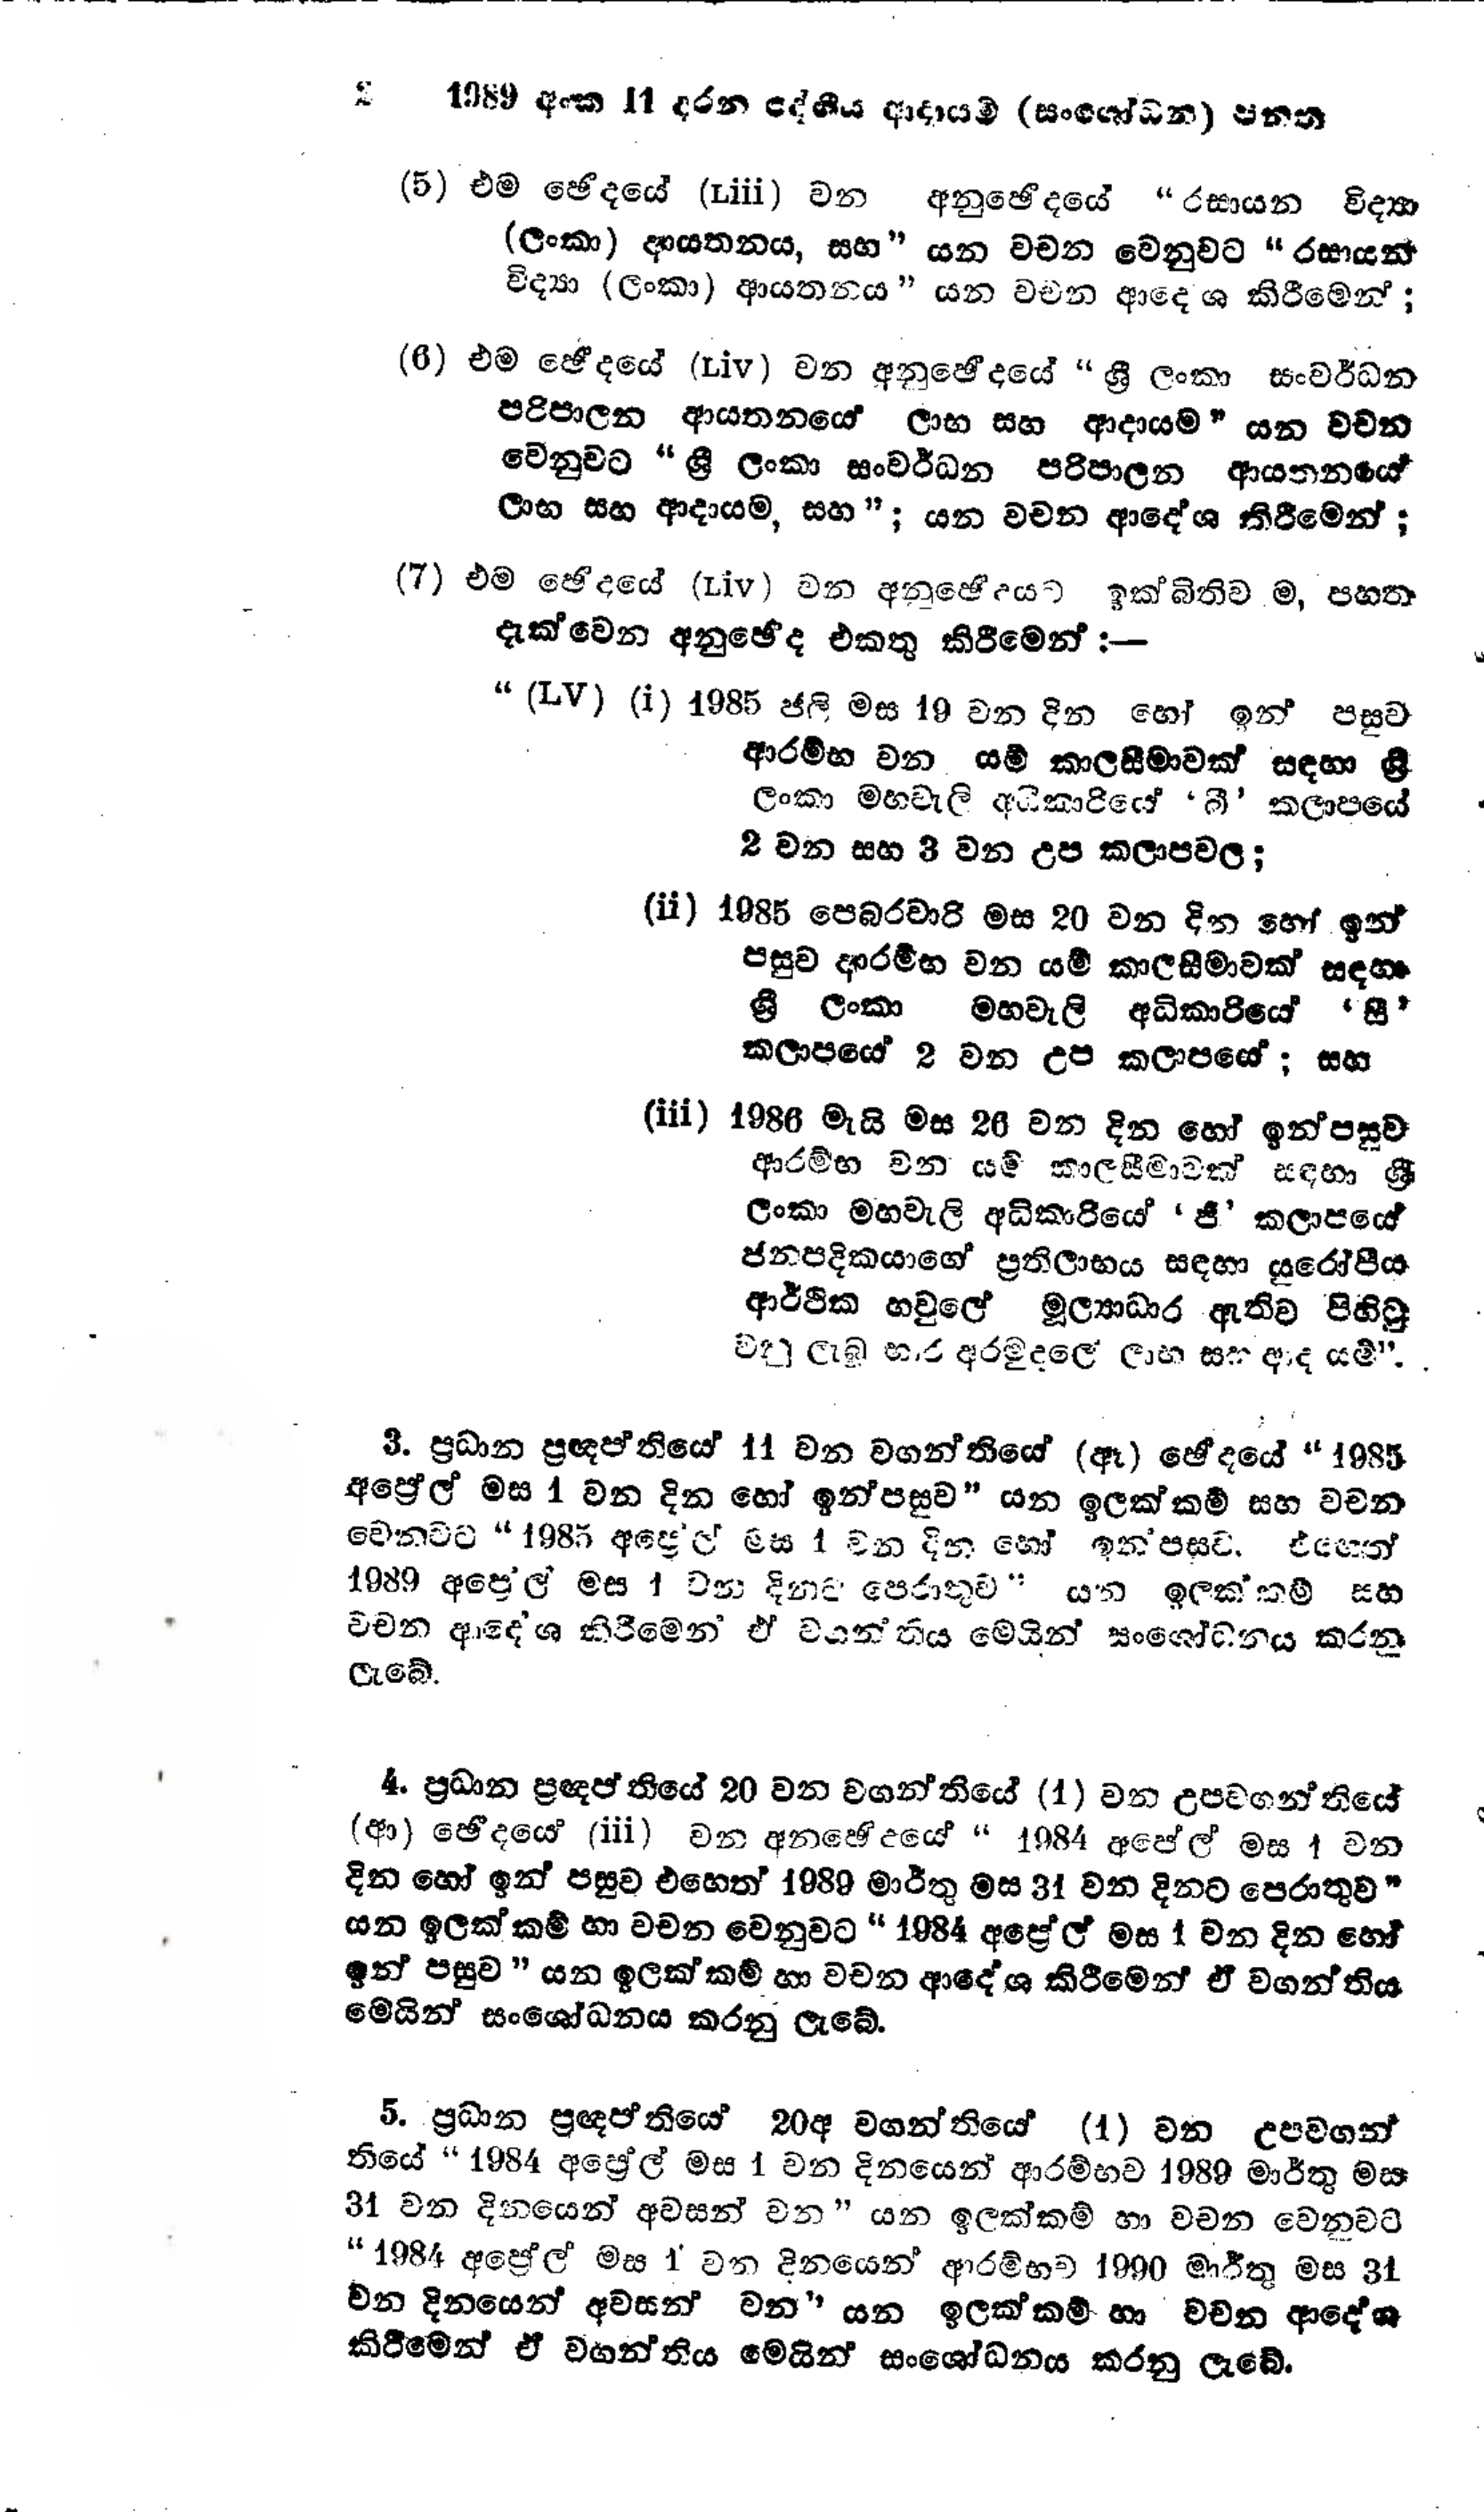
2 1989 අංක 11 දරන දේශීය ආදායම් (සංශෝධන) පනත

(5) එම ඡේදයේ (iii) වන අනුඡේදයේ "රසායන විද්‍යා
(ලංකා) ආයතනය, සහ " යන වචන වෙනුවට "රසායන
විද්‍යා (ලංකා) ආයතනය ” යන වචන ආදේශ කිරීමෙන්;

(6) එම ඡේදයේ (xiv) වන අනුඡේදයේ " ශ්‍රී ලංකා සංවර්ධන
පරිපාලන ආයතනයේ ලාභ සහ ආදායම " යන වචන
වෙනුවට" ශ්‍රී ලංකා සංවර්ධන පරිපාලන ආයතනයේ
ලාභ සහ ආදායම, සහ " ; යන වචන ආදේශ කිරීමෙන්;

(7) එම ඡේදයේ (iv) වන අනුඡේදයට ඉක්බිතිව ම, පහත
දැක්වෙන අනුඡේද එකතු කිරීමෙන් :-

“ (LV) (i) 1985 ජූලි මස 19 වන දින හෝ ඉන් පසුව
ආරම්භ වන යම් කාලසීමාවක් සඳහා ශ්‍රී
ලංකා මහවැලි අධිකාරියේ 'බී ' කලාපයේ
2 වන සහ 3 වන උප කලාපවල,

(ii) 1985 පෙබරවාරි මස 20 වන දින හෝ ඉන්
පසුව ආරම්භ වන යම් කාල සීමාවක් සඳහා
ශ්‍රී ලංකා මහවැලි අධිකාරියේ 'සී'
කලාපයේ 2 වන උප කලාපයේ ; සහ

(iii) 1986 මැයි මස 26 වන දින හෝ ඉන්පසුව
ආරම්භ වන යම් කාලසීමාවක් සඳහා ශ්‍රී
ලංකා මහවැලි අධිකාරියේ 'ජී' කලාපයේ
ජනපදිකයාගේ ප්‍රතිලාභය සඳහා යුරෝපීය
ආර්ථික හවුලේ මූල්‍යාධාර ඇතිව පිහිටු
වනු ලැබූ භාර අරමුදලේ ලාභ සහ ආද යම් ".

3. ප්‍රධාන ප්‍රඥපතියේ 11 වන වගන්තියේ (ඈ) ඡේදයේ  "1985
අප්‍රේල් මස 1 වන දින හෝ ඉන්පසුව " යන ඉලක්කම් සහ වචන
වෙනුවට "1985 අප්‍රේල් මස 1 වන දින හෝ ඉන් පසුව එහෙත්
1989 අප්‍රේල් මස 1 වන දිනට පෙරාතුව " යන ඉලක්කම් සහ
වචන ආදේශ කිරීමෙන් ඒ වගන්තිය මෙයින් සංශෝධනය කරනු
ලැබේ.

4. ප්‍රධාන ප්‍රඥප්තියේ 20 වන වගන්තියේ (1) වන උපවගන්තියේ
(ආ) ඡේදයේ (iii) වන අනුඡේදයේ " 1984 අප්‍රේල් මස 1 වන
දින හෝ ඉන් පසුව එහෙත් 1989 මාර්තු මස 31 වන දිනට පෙරාතුව "
යන ඉලක්කම් හා වචන වෙනුවට “ 1984 අප්‍රේල් මස 1 වන දින හෝ
ඉන් පසුව" යන ඉලක්කම් හා වචන ආදේශ කිරීමෙන් ඒ වගන්තිය
මෙයින් සංශෝධනය කරනු ලැබේ.

5. ප්‍රධාන ප්‍රඥප්තියේ 20අ වගන්තියේ (1) වන උපවගන්
තියේ "1984 අප්‍රේල් මස 1 වන දිනයෙන් ආරම්භව 1989 මාර්තු මස
31 වන දිනයෙන් අවසන් වන " යන ඉලක්කම් හා වචන වෙනුවට
"1984 අප්‍රේල් මස 1 වන දිනයෙන් ආරම්භව 1990 මාර්තු මස 31
වන දිනයෙන් අවසන් වන" යන ඉලක්කම් හා වචන ආදේශ
කිරීමෙන් ඒ වගන්තිය මෙයින් සංශෝධනය කරනු ලැබේ.